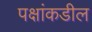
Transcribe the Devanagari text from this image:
पक्षांकडील